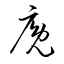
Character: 廏